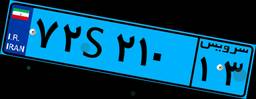
۷۲S۲۱۰۱۳